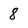
Character: 8